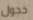
خجول